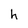
Character: h